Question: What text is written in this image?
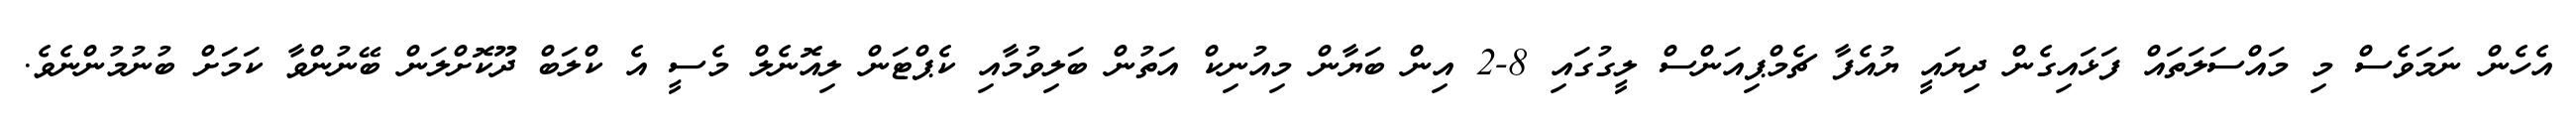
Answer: އެހެން ނަމަވެސް މި މައްސަލަތައް ފަޅައިގެން ދިޔައީ ޔުއެފާ ޗެމްޕިއަންސް ލީގުގައި 8-2 އިން ބަޔާން މިއުނިކް އަތުން ބަލިވުމާއި ކެޕްޓަން ލިއޮނެލް މެސީ އެ ކްލަބް ދޫކޮށްލަން ބޭނުންވާ ކަމަށް ބުނުމުންނެވެ.